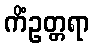
ကိံဥတ္တရာ